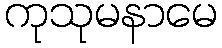
ကုသုမနာမေ